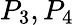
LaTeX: P_{3},P_{4}